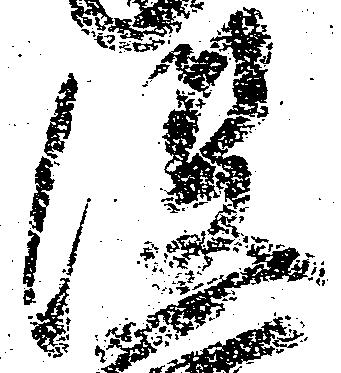
没